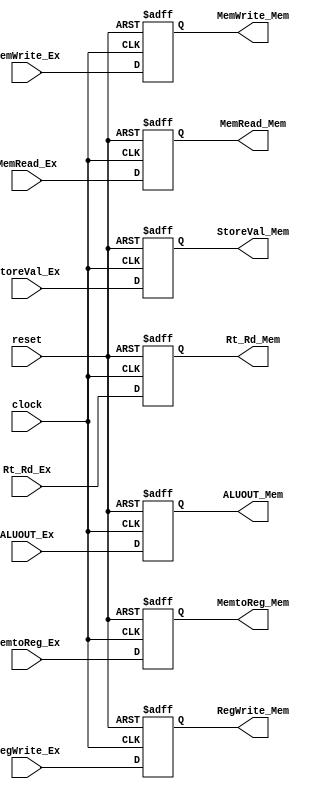
module EX_MEM (
         input wire clock,reset,
         input wire MemtoReg_Ex, 
         output reg MemtoReg_Mem,
         input wire RegWrite_Ex,
         output reg RegWrite_Mem,
         input wire MemWrite_Ex, 
         output reg MemWrite_Mem,
         input wire MemRead_Ex,
         output reg MemRead_Mem,
         input wire [4:0] Rt_Rd_Ex,
         output reg [4:0] Rt_Rd_Mem,
         input wire [31:0] ALUOUT_Ex,
         output reg [31:0] ALUOUT_Mem,
         input wire [31:0] StoreVal_Ex,
         output reg [31:0] StoreVal_Mem );

always @(posedge clock or negedge reset)
  begin
    if (!reset)
      begin
        MemtoReg_Mem<='b0;
        RegWrite_Mem<='b0;
        MemWrite_Mem<='b0;
        MemRead_Mem<='b0;
        Rt_Rd_Mem<='b0;
        ALUOUT_Mem<='b0;
        StoreVal_Mem<='b0;
      end
    else
      begin
        MemtoReg_Mem<=MemtoReg_Ex;
        RegWrite_Mem<=RegWrite_Ex;
        MemWrite_Mem<=MemWrite_Ex;
        MemRead_Mem<=MemRead_Ex;
        Rt_Rd_Mem<=Rt_Rd_Ex;
        ALUOUT_Mem<=ALUOUT_Ex;
        StoreVal_Mem<=StoreVal_Ex; 
      end
  end

endmodule